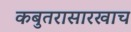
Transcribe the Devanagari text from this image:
कबुतरासारखाच